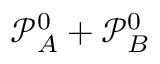
\mathcal P _ { A } ^ { 0 } + \mathcal P _ { B } ^ { 0 }